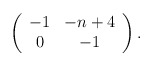
\begin{align*}\left( \begin{array}{cc} -1 & -n+4 \\ 0 & -1 \end{array} \right).\end{align*}